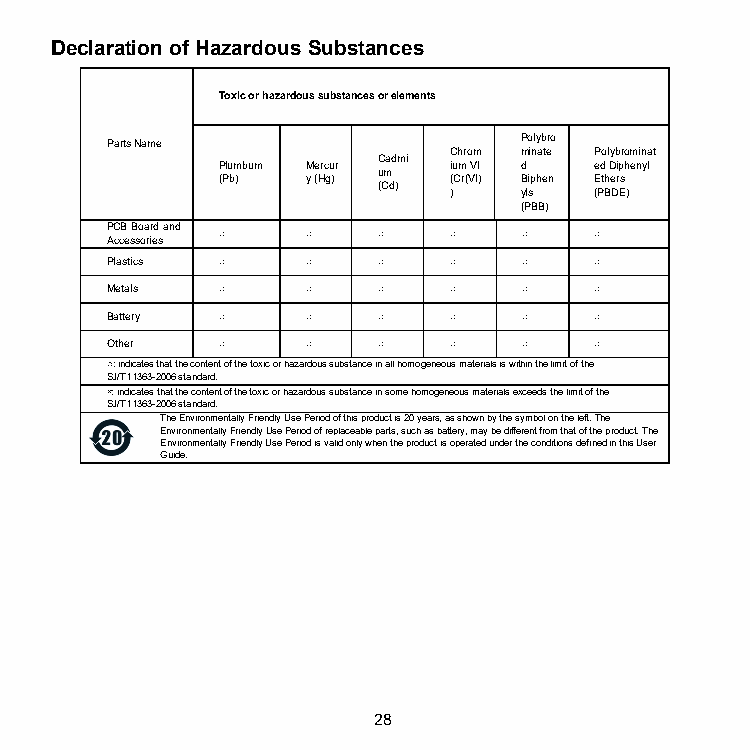
Declaration of Hazardous Substances
 Toxic or hazardous substances or elements
 Parts Name                 Polybro
 Chrom minate Polybrominat
 Cadmi
 Plumbum Mercur  ium VI d ed Diphenyl
 um
 (Pb)  y (Hg)    (Cr(VI) Biphen Ethers
 (Cd)
 )   yls  (PBDE)
 (PBB)
 PCB Board and
 ○     ○    ○    ○    ○   ○
 Accessories
 Plastics ○   ○    ○    ○    ○   ○
 Metals ○     ○    ○    ○    ○   ○
 Battery ○    ○    ○    ○    ○   ○
 Other  ○     ○    ○    ○    ○   ○
 ○: indicates that the content of the toxic or hazardous substance in all homogeneous materials is within the limit of the
 SJ/T11363-2006 standard.
 ×: indicates that the content of the toxic or hazardous substance in some homogeneous materials exceeds the limit of the
 SJ/T11363-2006 standard.
 The Environmentally Friendly Use Period of this product is 20 years, as shown by the symbol on the left. The
 Environmentally Friendly Use Period of replaceable parts, such as battery, may be different from that of the product. The
 Environmentally Friendly Use Period is valid only when the product is operated under the conditions defined in this User
 Guide.
 28